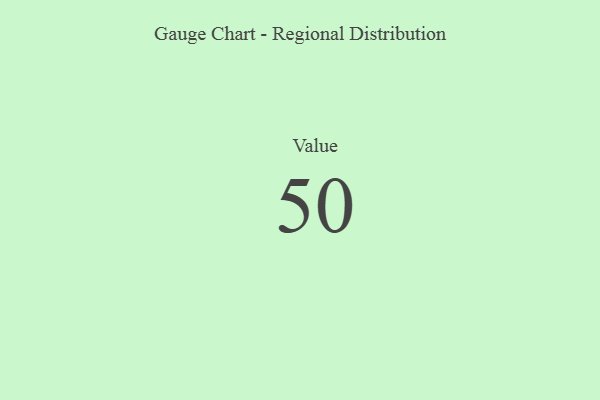
{"axis": {"x": "Metric", "y": "Value"}, "legend": [""], "data": [{"x": "Value", "y": 50, "type": ""}]}